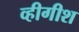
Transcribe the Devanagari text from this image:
व्हीगीश